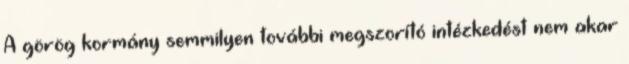
A görög kormány semmilyen további megszorító intézkedést nem akar